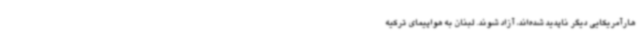
هارآمریکایی دیگر ناپدید شده‌اند، آزاد شوند. لبنان به هواپیمای ترکیه